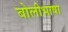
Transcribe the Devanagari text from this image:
बाेलीभाषा